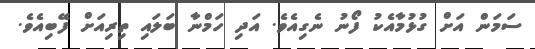
ސަމަން އަށް ގުޅުމާއެކު ފޯނު ނެގިއެވެ. އަދި ހަމްނާ ބަލައި ތިރިއަށް ފޭބިއެވެ.